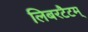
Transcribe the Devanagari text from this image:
लिबरटैटम्